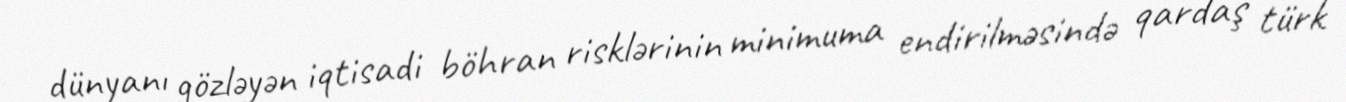
dünyanı gözləyən iqtisadi böhran risklərinin minimuma endirilməsində qardaş türk